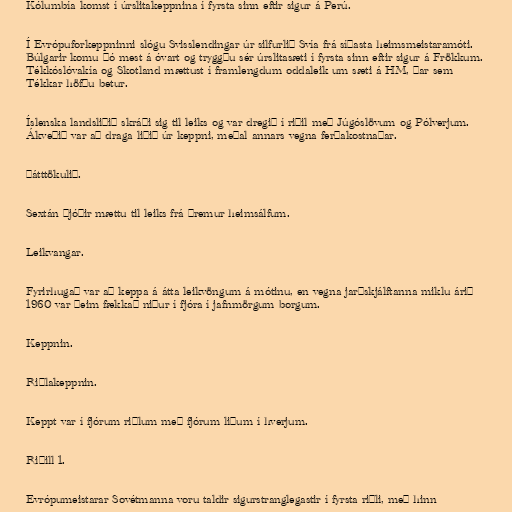
Kólumbía komst í úrslitakeppnina í fyrsta sinn eftir sigur á Perú.

Í Evrópuforkeppninni slógu Svisslendingar úr silfurlið Svía frá síðasta heimsmeistaramóti.
Búlgarir komu þó mest á óvart og tryggðu sér úrslitasæti í fyrsta sinn eftir sigur á Frökkum.
Tékkóslóvakía og Skotland mættust í framlengdum oddaleik um sæti á HM, þar sem
Tékkar höfðu betur.

Íslenska landsliðið skráði sig til leiks og var dregið í riðil með Júgóslövum og Pólverjum.
Ákveðið var að draga liðið úr keppni, meðal annars vegna ferðakostnaðar.

Þátttökulið.

Sextán þjóðir mættu til leiks frá þremur heimsálfum.

Leikvangar.

Fyrirhugað var að keppa á átta leikvöngum á mótinu, en vegna jarðskjálftanna miklu árið
1960 var þeim fækkað niður í fjóra í jafnmörgum borgum.

Keppnin.

Riðlakeppnin.

Keppt var í fjórum riðlum með fjórum liðum í hverjum.

Riðill 1.

Evrópumeistarar Sovétmanna voru taldir sigurstranglegastir í fyrsta riðli, með hinn